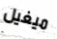
ميغيل